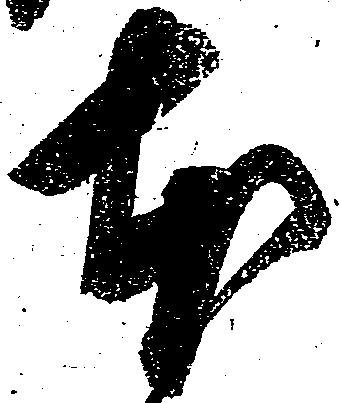
本